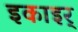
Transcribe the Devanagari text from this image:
इकाइर्